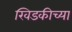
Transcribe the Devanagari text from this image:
खिडकीच्या